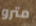
مترو